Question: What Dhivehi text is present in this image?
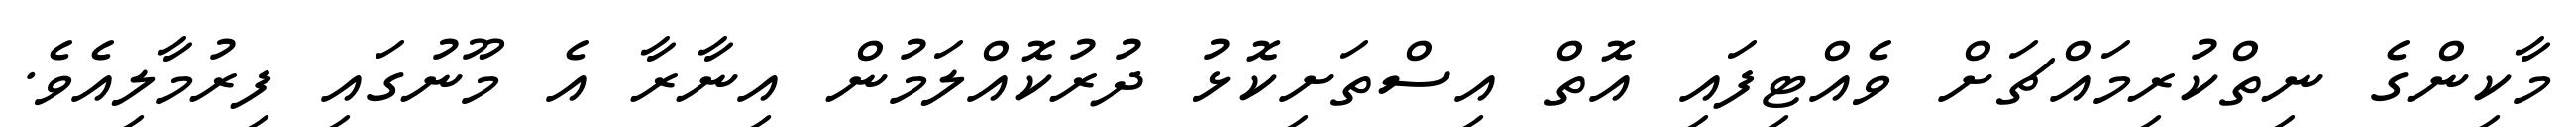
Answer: މާކިންގެ ނިތްކުރިމައްޗަށް ވެއްޓިފައި އޮތް އިސްތަށިކޮޅު ދުރުކޮއްލަމުން އިނާރާ އެ މޫނުގައި ފިރުމާލިއެވެ.